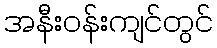
အနီးဝန်းကျင်တွင်